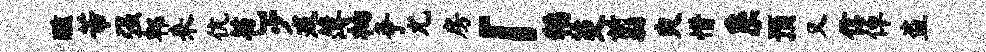
醺芾强郫来伉苞少戎薄衲争尤房「稻茭翦臾惜系预又信倬盗